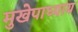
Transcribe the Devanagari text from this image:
मुखेपाध्याय